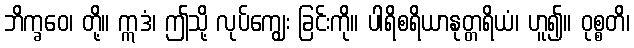
ဘိက္ခဝေ၊ တို့။ ဣဒံ၊ ဤသို့ လုပ်ကျွေး ခြင်းကို။ ပါရိစရိယာနုတ္တရိယံ၊ ဟူ၍။ ဝုစ္စတိ၊